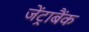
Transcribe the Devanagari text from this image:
जेंट्राबैंक